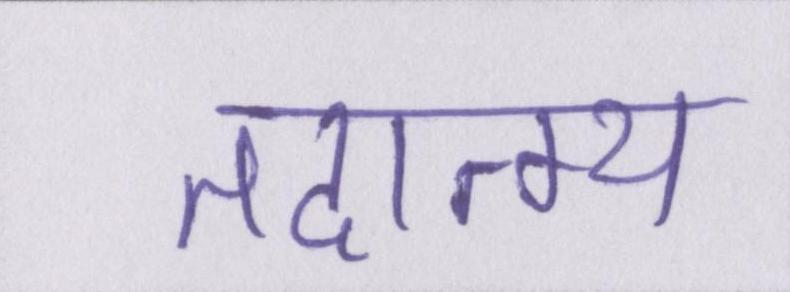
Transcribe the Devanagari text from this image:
तदात्म्य